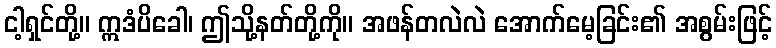
ငါ့ရှင်တို့။ ဣဒံပိခေါ၊ ဤသို့နတ်တို့ကို။ အဖန်တလဲလဲ အောက်မေ့ခြင်း၏ အစွမ်းဖြင့်